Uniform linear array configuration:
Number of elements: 64
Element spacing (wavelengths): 0.5
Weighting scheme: exponential
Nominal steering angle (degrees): -15
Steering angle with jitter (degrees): -13.692
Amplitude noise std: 0.05
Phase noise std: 0.05

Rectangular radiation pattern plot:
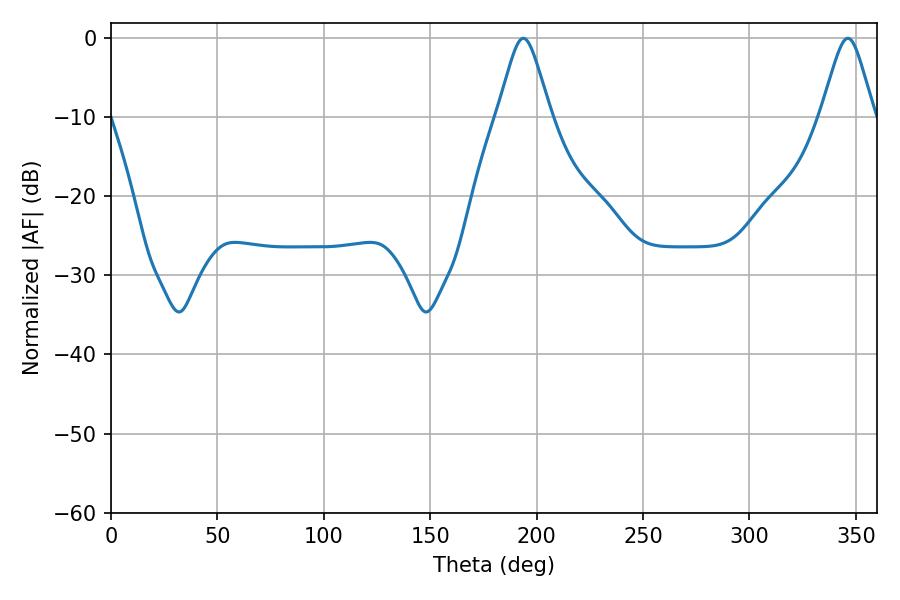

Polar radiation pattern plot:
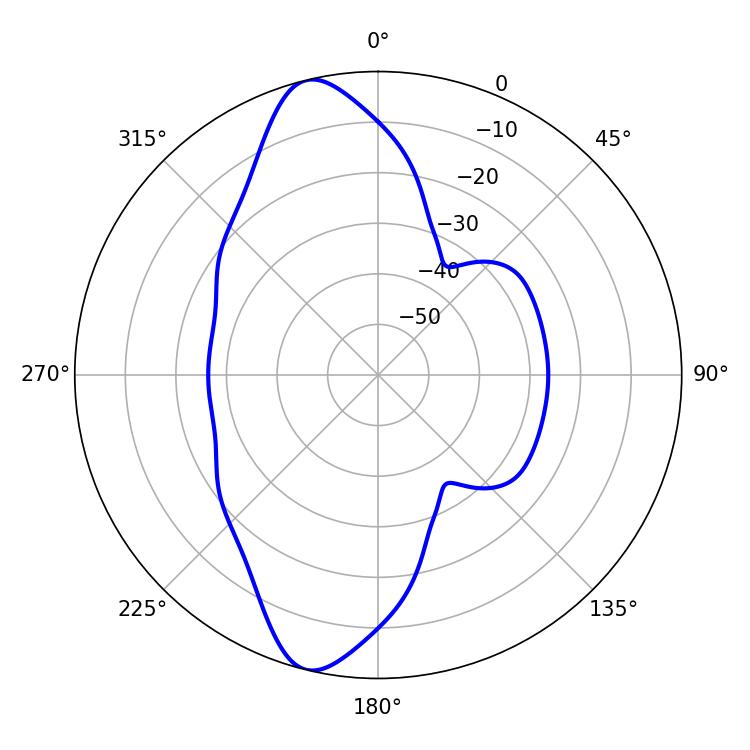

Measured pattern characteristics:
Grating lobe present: FALSE
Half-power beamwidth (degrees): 11.88
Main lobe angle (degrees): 193.68